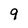
Character: 9